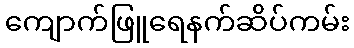
ကျောက်ဖြူရေနက်ဆိပ်ကမ်း